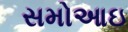
સમોઆઇ